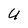
Character: U